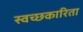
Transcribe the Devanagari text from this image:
स्वच्छकारिता